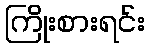
ကြိုးစားရင်း